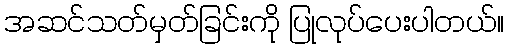
အဆင်သတ်မှတ်ခြင်းကို ပြုလုပ်ပေးပါတယ်။